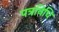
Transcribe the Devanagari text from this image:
पत्रनिधि